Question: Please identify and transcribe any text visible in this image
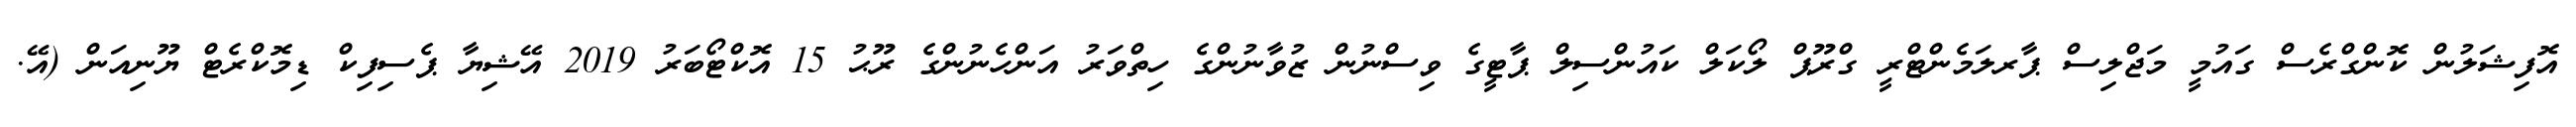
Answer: އޮފިޝަލުން ކޮންގްރެސް ގައުމީ މަޖްލިސް ޕާރލަމެންޓްރީ ގްރޫޕް ލޯކަލް ކައުންސިލް ޕާޓީގެ ވިސްނުން ޒުވާނުންގެ ހިތްވަރު އަންހެނުންގެ ރޫޙު 15 އޮކްޓޯބަރު 2019 އޭޝިޔާ ޕެސިފިކް ޑިމޮކްރެޓް ޔޫނިއަން (އޭ.